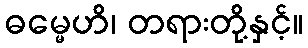
ဓမ္မေဟိ၊ တရားတို့နှင့်။